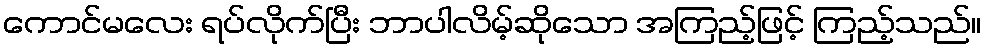
ကောင်မလေး ရပ်လိုက်ပြီး ဘာပါလိမ့်ဆိုသော အကြည့်ဖြင့် ကြည့်သည်။